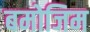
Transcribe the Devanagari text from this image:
बमोजिम